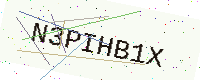
Text: N3PIHB1X